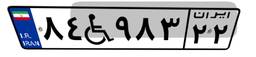
۱۷W۶۱۱۶۷